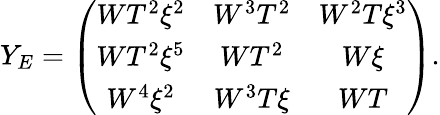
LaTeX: Y_{E}=\left(\begin{array}{ccc}{{WT^{2}\xi^{2}}}&{{W^{3}T^{2}}}&{{W^{2}T\xi^{3}}}\\ {{WT^{2}\xi^{5}}}&{{WT^{2}}}&{{W\xi}}\\ {{W^{4}\xi^{2}}}&{{W^{3}T\xi}}&{{WT}}\end{array}\right).